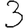
Digit: 3